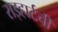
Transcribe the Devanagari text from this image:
राइहार्टची